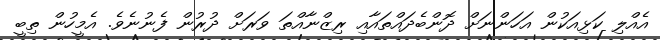
އެއްލި ކަޅިއަކުން އަހަންނަށް ދޮންބެދައްތައާއި ރިޒްނާއްތަ ވަރަށް ދުރުން ފެނުނެވެ. އެމީހުން ތިބީ